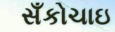
સઁકોચાઇ